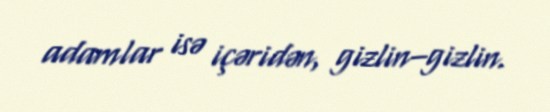
adamlar isə içəridən, gizlin–gizlin.